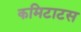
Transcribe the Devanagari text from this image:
कमिटाटस